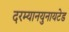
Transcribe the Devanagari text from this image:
दरम्यानयुनायटेड